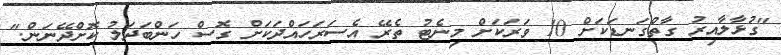
"ގުޅާލާއިރު ގާތްގަނޑަކަށް 10 ވަރަކަށް މިނެޓު ތެރޭ އެސަރަހައްދަކަށް ގޮސް ހަންބަދަލު ކޮށްދޭނަން."